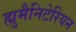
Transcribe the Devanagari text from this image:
ह्युमैनिटेरियन